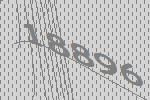
18896